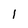
Character: l